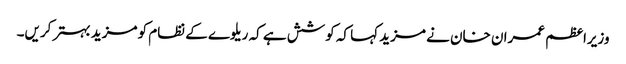
وزیراعظم عمران خان نے مزید کہا کہ کوشش ہے کہ ریلوے کے نظام کو مزید بہتر کریں۔